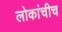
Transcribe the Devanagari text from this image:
लोकांचीच